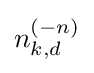
n_{k,d}^{(-n)}